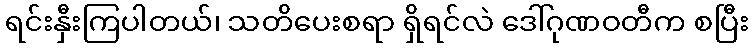
ရင်းနှီးကြပါတယ်၊ သတိပေးစရာ ရှိရင်လဲ ဒေါ်ဂုဏဝတီက စပြီး